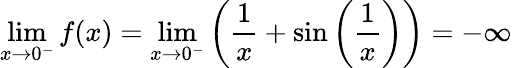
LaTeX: \operatorname*{lim}_{x\to 0^{-}}f(x)=\operatorname*{lim}_{x\to 0^{-}}\left({\frac{1}{x}}+\sin\left({\frac{1}{x}}\right)\right)=-\infty